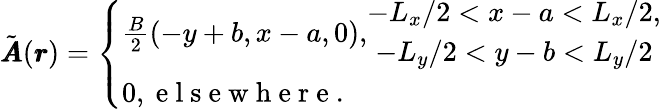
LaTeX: \tilde{\pmb{A}}(\pmb{r})=\left\{ \begin{array}{ll}{\frac{B}{2}(-y+b,x-a,0),\begin{array}{c}{-L_{x}/2<x-a<L_{x}/2,}\\ {-L_{y}/2<y-b<L_{y}/2}\end{array}}\\ {0,\mathrm{~e~l~s~e~w~h~e~r~e~.~}}\end{array}\right.